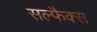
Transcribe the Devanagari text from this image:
सल्फैक्स